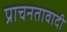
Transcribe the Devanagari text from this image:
प्राचनतावादी